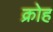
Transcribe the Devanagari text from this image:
क्रोह